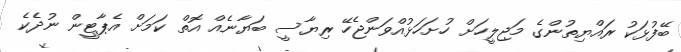
ބޭފުޅަކު ރައްޔިތުންގެ މަޖިލީހަށް ހުށަހަޅުއްވަންޖެހޭ ރިޔާސީ ބަޔާނެއް އޮތް ކަމަށް އެޕާޓީން ނުދެކެ